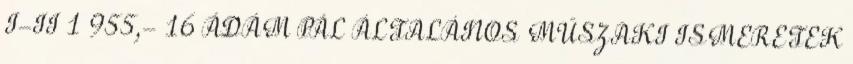
I-II 1 955,- 16 ÁDÁM PÁL ÁLTALÁNOS MŰSZAKI ISMERETEK